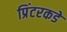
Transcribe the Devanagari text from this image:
प्रिंटरकडे